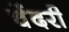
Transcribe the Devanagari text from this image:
चेंदरी